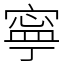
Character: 寧